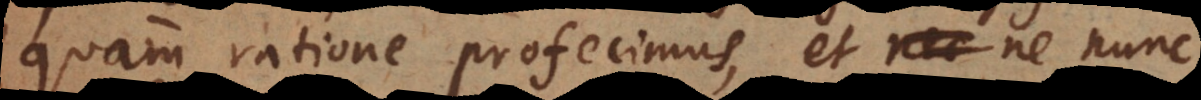
quam ratione profecimus, et ne nunc